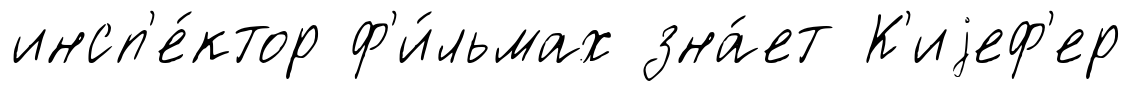
инсп'е́ктор ф'и́льмах зна́ет К'иjеф'ер